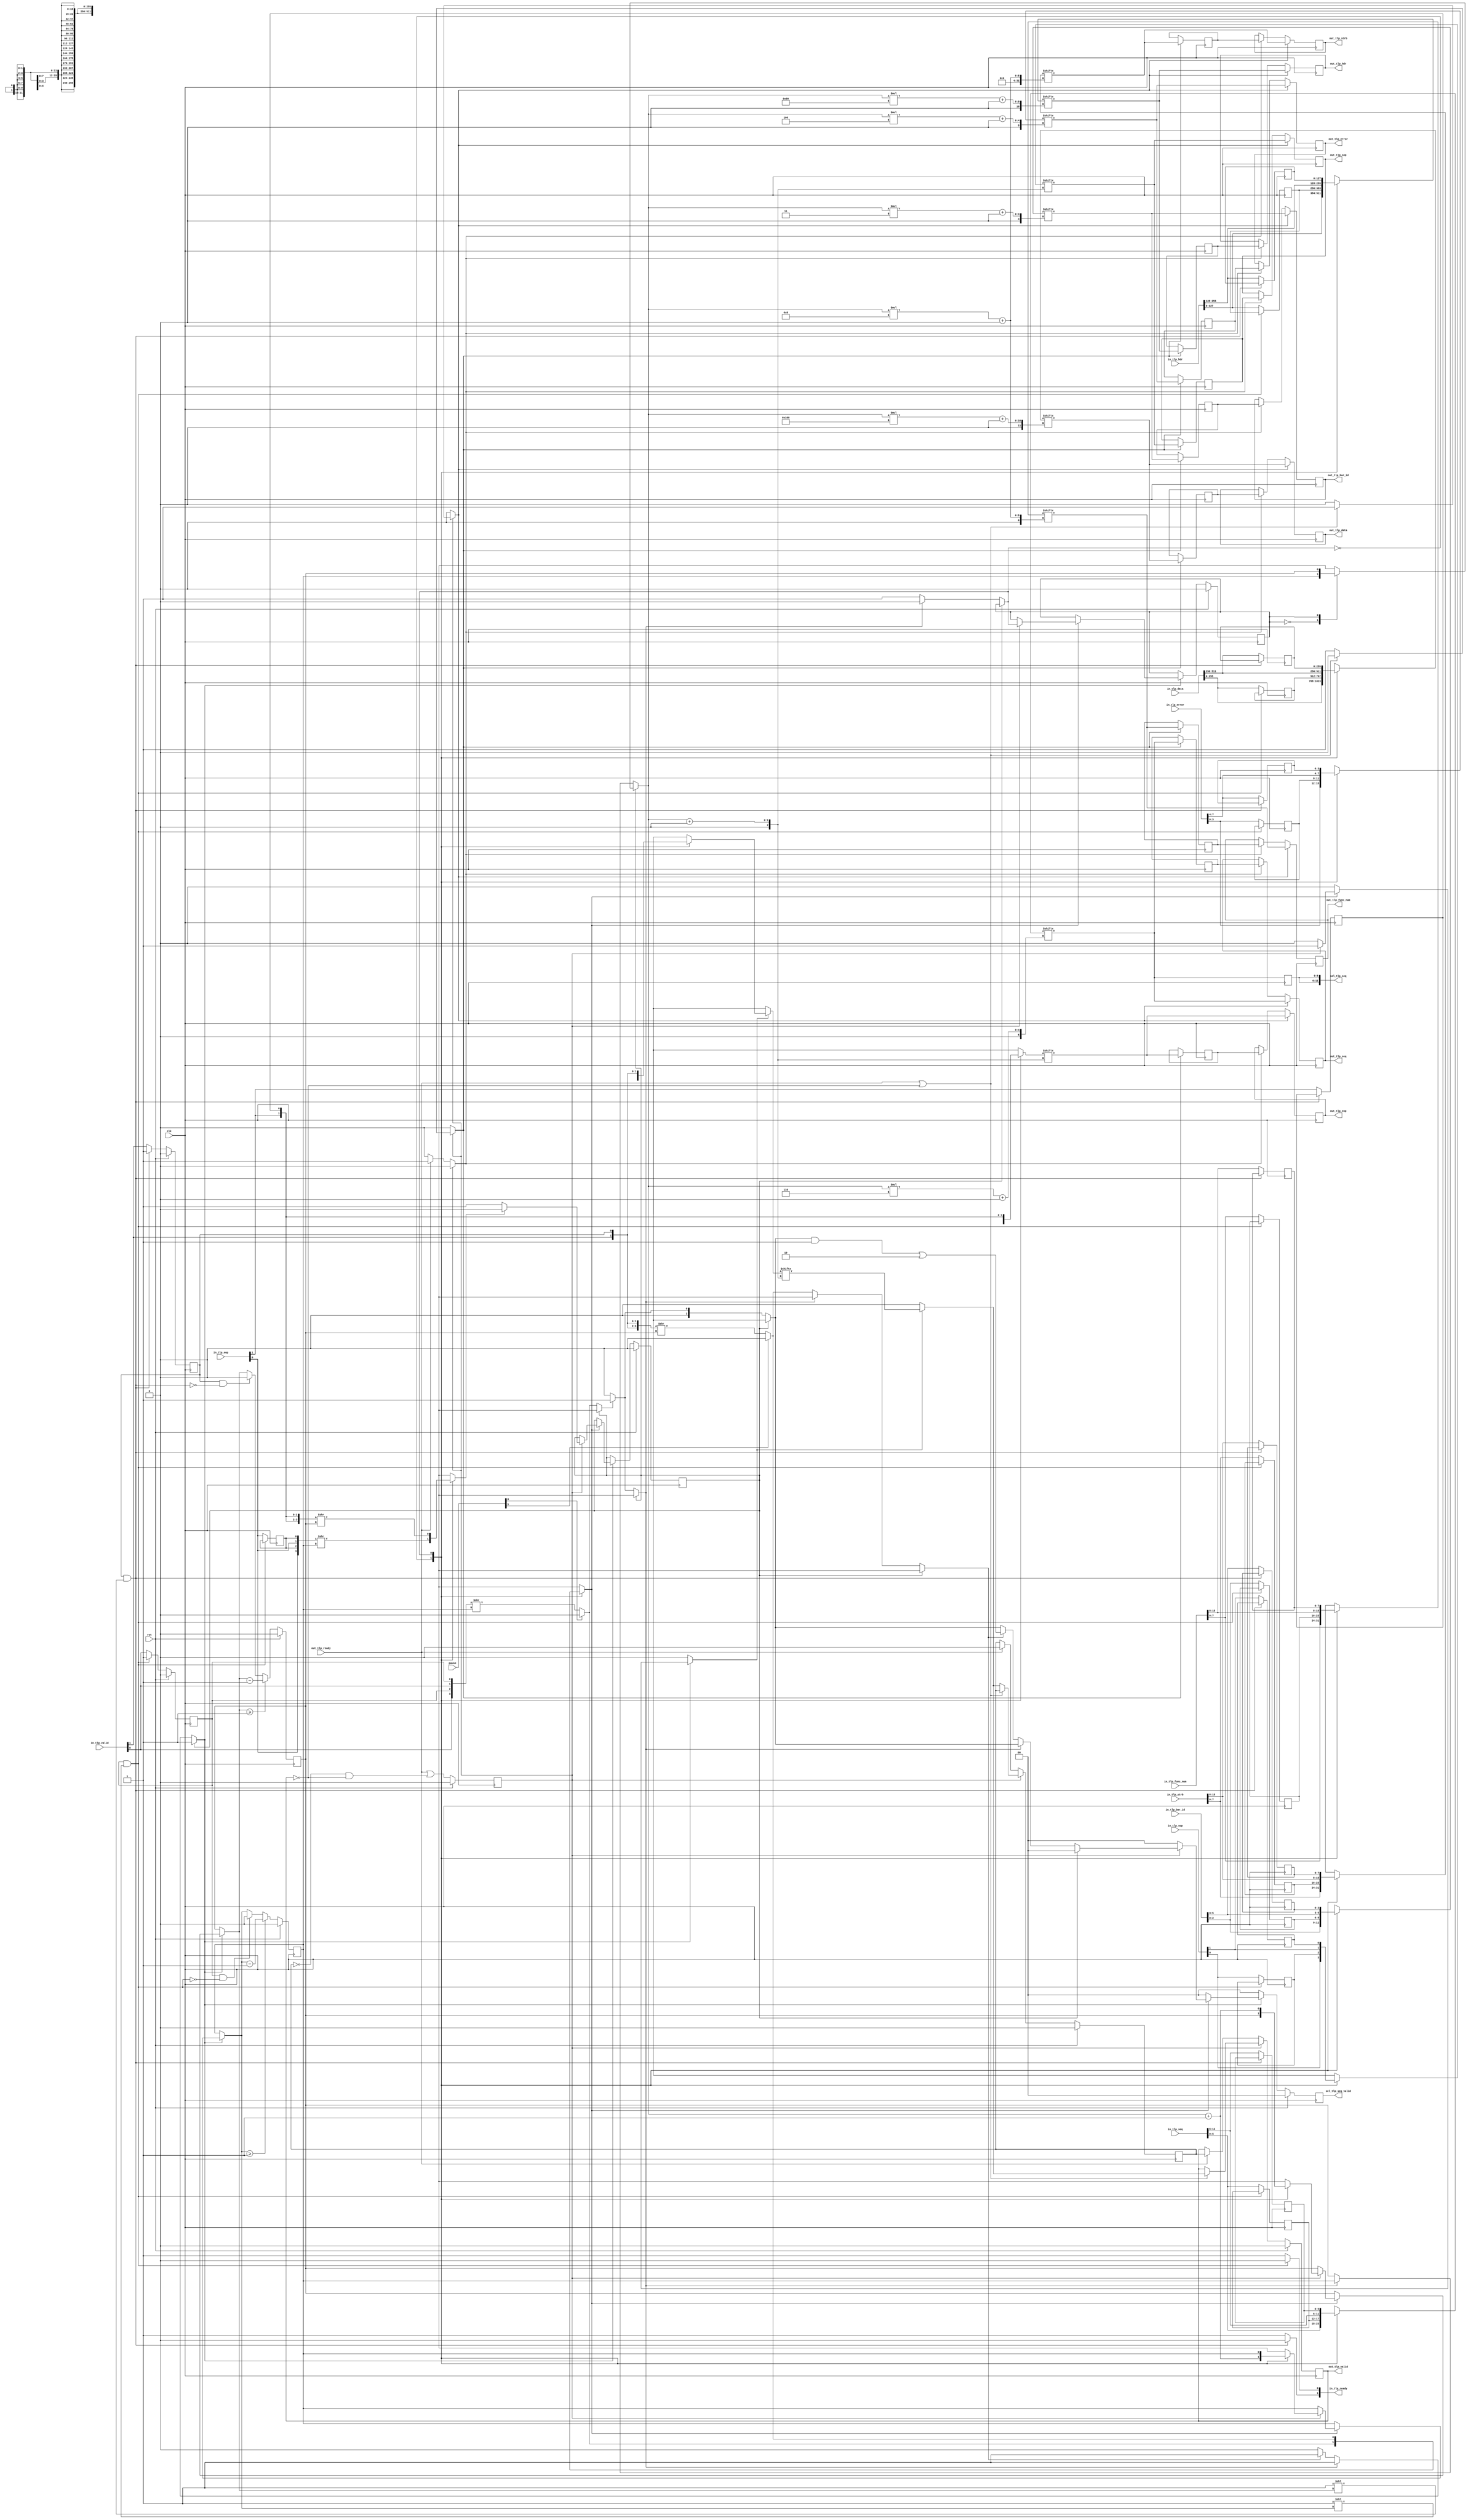
// This program was cloned from: https://github.com/ucsdsysnet/Rosebud
// License: MIT License

/*

Copyright (c) 2021 Alex Forencich

Permission is hereby granted, free of charge, to any person obtaining a copy
of this software and associated documentation files (the "Software"), to deal
in the Software without restriction, including without limitation the rights
to use, copy, modify, merge, publish, distribute, sublicense, and/or sell
copies of the Software, and to permit persons to whom the Software is
furnished to do so, subject to the following conditions:

The above copyright notice and this permission notice shall be included in
all copies or substantial portions of the Software.

THE SOFTWARE IS PROVIDED "AS IS", WITHOUT WARRANTY OF ANY KIND, EXPRESS OR
IMPLIED, INCLUDING BUT NOT LIMITED TO THE WARRANTIES OF MERCHANTABILITY
FITNESS FOR A PARTICULAR PURPOSE AND NONINFRINGEMENT. IN NO EVENT SHALL THE
AUTHORS OR COPYRIGHT HOLDERS BE LIABLE FOR ANY CLAIM, DAMAGES OR OTHER
LIABILITY, WHETHER IN AN ACTION OF CONTRACT, TORT OR OTHERWISE, ARISING FROM,
OUT OF OR IN CONNECTION WITH THE SOFTWARE OR THE USE OR OTHER DEALINGS IN
THE SOFTWARE.

*/

// Language: Verilog 2001

`resetall
`timescale 1ns / 1ps
`default_nettype none

/*
 * PCIe TLP multiplexer
 */
module pcie_tlp_mux #
(
    // Input count
    parameter PORTS = 2,
    // TLP data width
    parameter TLP_DATA_WIDTH = 256,
    // TLP strobe width
    parameter TLP_STRB_WIDTH = TLP_DATA_WIDTH/32,
    // TLP header width
    parameter TLP_HDR_WIDTH = 128,
    // Sequence number width
    parameter SEQ_NUM_WIDTH = 6,
    // TLP segment count
    parameter TLP_SEG_COUNT = 1,
    // select round robin arbitration
    parameter ARB_TYPE_ROUND_ROBIN = 0,
    // LSB priority selection
    parameter ARB_LSB_HIGH_PRIORITY = 1
)
(
    input  wire                                          clk,
    input  wire                                          rst,

    /*
     * TLP input
     */
    input  wire [PORTS*TLP_DATA_WIDTH-1:0]               in_tlp_data,
    input  wire [PORTS*TLP_STRB_WIDTH-1:0]               in_tlp_strb,
    input  wire [PORTS*TLP_SEG_COUNT*TLP_HDR_WIDTH-1:0]  in_tlp_hdr,
    input  wire [PORTS*TLP_SEG_COUNT*SEQ_NUM_WIDTH-1:0]  in_tlp_seq,
    input  wire [PORTS*TLP_SEG_COUNT*3-1:0]              in_tlp_bar_id,
    input  wire [PORTS*TLP_SEG_COUNT*8-1:0]              in_tlp_func_num,
    input  wire [PORTS*TLP_SEG_COUNT*4-1:0]              in_tlp_error,
    input  wire [PORTS*TLP_SEG_COUNT-1:0]                in_tlp_valid,
    input  wire [PORTS*TLP_SEG_COUNT-1:0]                in_tlp_sop,
    input  wire [PORTS*TLP_SEG_COUNT-1:0]                in_tlp_eop,
    output wire [PORTS-1:0]                              in_tlp_ready,

    /*
     * TLP output
     */
    output wire [TLP_DATA_WIDTH-1:0]                     out_tlp_data,
    output wire [TLP_STRB_WIDTH-1:0]                     out_tlp_strb,
    output wire [TLP_SEG_COUNT*TLP_HDR_WIDTH-1:0]        out_tlp_hdr,
    output wire [TLP_SEG_COUNT*SEQ_NUM_WIDTH-1:0]        out_tlp_seq,
    output wire [TLP_SEG_COUNT*3-1:0]                    out_tlp_bar_id,
    output wire [TLP_SEG_COUNT*8-1:0]                    out_tlp_func_num,
    output wire [TLP_SEG_COUNT*4-1:0]                    out_tlp_error,
    output wire [TLP_SEG_COUNT-1:0]                      out_tlp_valid,
    output wire [TLP_SEG_COUNT-1:0]                      out_tlp_sop,
    output wire [TLP_SEG_COUNT-1:0]                      out_tlp_eop,
    input  wire                                          out_tlp_ready,

    /*
     * Control
     */
    input  wire [PORTS-1:0]                              pause,

    /*
     * Status
     */
    output wire [PORTS*TLP_SEG_COUNT*SEQ_NUM_WIDTH-1:0]  sel_tlp_seq,
    output wire [PORTS*TLP_SEG_COUNT-1:0]                sel_tlp_seq_valid
);

parameter CL_PORTS = $clog2(PORTS);

parameter TLP_SEG_DATA_WIDTH = TLP_DATA_WIDTH / TLP_SEG_COUNT;
parameter TLP_SEG_STRB_WIDTH = TLP_STRB_WIDTH / TLP_SEG_COUNT;

parameter SEG_SEL_WIDTH = $clog2(TLP_SEG_COUNT);

// check configuration
initial begin
    if (TLP_HDR_WIDTH != 128) begin
        $error("Error: TLP segment header width must be 128 (instance %m)");
        $finish;
    end

    if (TLP_STRB_WIDTH*32 != TLP_DATA_WIDTH) begin
        $error("Error: PCIe interface requires dword (32-bit) granularity (instance %m)");
        $finish;
    end
end

reg [PORTS-1:0] in_tlp_ready_cmb;

reg frame_reg = 1'b0, frame_next, frame_cyc;
reg [CL_PORTS-1:0] port_reg = 0, port_next, port_cyc;
reg [SEG_SEL_WIDTH+1-1:0] seg_offset_cyc;
reg valid, eop;
reg frame, abort;

reg [TLP_SEG_COUNT*2-1:0] port_seg_valid[0:PORTS-1];
reg [TLP_SEG_COUNT*2-1:0] port_seg_eop[0:PORTS-1];

reg [TLP_SEG_COUNT-1:0] out_sel, out_sel_cyc;
reg [CL_PORTS-1:0] out_sel_port[0:TLP_SEG_COUNT-1];
reg [SEG_SEL_WIDTH+1-1:0] out_sel_seg[0:TLP_SEG_COUNT-1];

reg [SEG_SEL_WIDTH+1-1:0] port_seg_offset_reg[0:PORTS-1], port_seg_offset_next[0:PORTS-1];

reg [TLP_SEG_COUNT*SEQ_NUM_WIDTH-1:0] sel_tlp_seq_reg = 0, sel_tlp_seq_next;
reg [PORTS*TLP_SEG_COUNT-1:0] sel_tlp_seq_valid_reg = 0, sel_tlp_seq_valid_next, sel_tlp_seq_valid_cyc;

reg [TLP_DATA_WIDTH-1:0] in_tlp_data_reg[0:PORTS-1], in_tlp_data_next[0:PORTS-1];
reg [TLP_STRB_WIDTH-1:0] in_tlp_strb_reg[0:PORTS-1], in_tlp_strb_next[0:PORTS-1];
reg [TLP_SEG_COUNT*TLP_HDR_WIDTH-1:0] in_tlp_hdr_reg[0:PORTS-1], in_tlp_hdr_next[0:PORTS-1];
reg [TLP_SEG_COUNT*SEQ_NUM_WIDTH-1:0] in_tlp_seq_reg[0:PORTS-1], in_tlp_seq_next[0:PORTS-1];
reg [TLP_SEG_COUNT*3-1:0] in_tlp_bar_id_reg[0:PORTS-1], in_tlp_bar_id_next[0:PORTS-1];
reg [TLP_SEG_COUNT*8-1:0] in_tlp_func_num_reg[0:PORTS-1], in_tlp_func_num_next[0:PORTS-1];
reg [TLP_SEG_COUNT*4-1:0] in_tlp_error_reg[0:PORTS-1], in_tlp_error_next[0:PORTS-1];
reg [TLP_SEG_COUNT-1:0] in_tlp_valid_reg[0:PORTS-1], in_tlp_valid_next[0:PORTS-1];
reg [TLP_SEG_COUNT-1:0] in_tlp_sop_reg[0:PORTS-1], in_tlp_sop_next[0:PORTS-1];
reg [TLP_SEG_COUNT-1:0] in_tlp_eop_reg[0:PORTS-1], in_tlp_eop_next[0:PORTS-1];

reg [TLP_DATA_WIDTH*2-1:0] in_tlp_data_full[0:PORTS-1];
reg [TLP_STRB_WIDTH*2-1:0] in_tlp_strb_full[0:PORTS-1];
reg [TLP_SEG_COUNT*2*TLP_HDR_WIDTH-1:0] in_tlp_hdr_full[0:PORTS-1];
reg [TLP_SEG_COUNT*2*SEQ_NUM_WIDTH-1:0] in_tlp_seq_full[0:PORTS-1];
reg [TLP_SEG_COUNT*2*3-1:0] in_tlp_bar_id_full[0:PORTS-1];
reg [TLP_SEG_COUNT*2*8-1:0] in_tlp_func_num_full[0:PORTS-1];
reg [TLP_SEG_COUNT*2*4-1:0] in_tlp_error_full[0:PORTS-1];
reg [TLP_SEG_COUNT*2-1:0] in_tlp_valid_full[0:PORTS-1];
reg [TLP_SEG_COUNT*2-1:0] in_tlp_sop_full[0:PORTS-1];
reg [TLP_SEG_COUNT*2-1:0] in_tlp_eop_full[0:PORTS-1];

// internal datapath
reg  [TLP_DATA_WIDTH-1:0]               out_tlp_data_int;
reg  [TLP_STRB_WIDTH-1:0]               out_tlp_strb_int;
reg  [TLP_SEG_COUNT*TLP_HDR_WIDTH-1:0]  out_tlp_hdr_int;
reg  [TLP_SEG_COUNT*SEQ_NUM_WIDTH-1:0]  out_tlp_seq_int;
reg  [TLP_SEG_COUNT*3-1:0]              out_tlp_bar_id_int;
reg  [TLP_SEG_COUNT*8-1:0]              out_tlp_func_num_int;
reg  [TLP_SEG_COUNT*4-1:0]              out_tlp_error_int;
reg  [TLP_SEG_COUNT-1:0]                out_tlp_valid_int;
reg  [TLP_SEG_COUNT-1:0]                out_tlp_sop_int;
reg  [TLP_SEG_COUNT-1:0]                out_tlp_eop_int;
reg                                     out_tlp_ready_int_reg = 1'b0;
wire                                    out_tlp_ready_int_early;

assign in_tlp_ready = in_tlp_ready_cmb;

assign sel_tlp_seq = {PORTS{sel_tlp_seq_reg}};
assign sel_tlp_seq_valid = sel_tlp_seq_valid_reg;

integer port, cur_port, seg, cur_seg;

always @* begin
    frame_next = frame_reg;
    port_next = port_reg;

    for (port = 0; port < PORTS; port = port + 1) begin
        port_seg_offset_next[port] = port_seg_offset_reg[port];

        in_tlp_data_next[port] = in_tlp_data_reg[port];
        in_tlp_strb_next[port] = in_tlp_strb_reg[port];
        in_tlp_hdr_next[port] = in_tlp_hdr_reg[port];
        in_tlp_seq_next[port] = in_tlp_seq_reg[port];
        in_tlp_bar_id_next[port] = in_tlp_bar_id_reg[port];
        in_tlp_func_num_next[port] = in_tlp_func_num_reg[port];
        in_tlp_error_next[port] = in_tlp_error_reg[port];
        in_tlp_valid_next[port] = in_tlp_valid_reg[port];
        in_tlp_sop_next[port] = in_tlp_sop_reg[port];
        in_tlp_eop_next[port] = in_tlp_eop_reg[port];

        in_tlp_data_full[port] = {in_tlp_data[port*TLP_DATA_WIDTH +: TLP_DATA_WIDTH], in_tlp_data_reg[port]};
        in_tlp_strb_full[port] = {in_tlp_strb[port*TLP_STRB_WIDTH +: TLP_STRB_WIDTH], in_tlp_strb_reg[port]};
        in_tlp_hdr_full[port] = {in_tlp_hdr[port*TLP_SEG_COUNT*TLP_HDR_WIDTH +: TLP_SEG_COUNT*TLP_HDR_WIDTH], in_tlp_hdr_reg[port]};
        in_tlp_seq_full[port] = {in_tlp_seq[port*TLP_SEG_COUNT*SEQ_NUM_WIDTH +: TLP_SEG_COUNT*SEQ_NUM_WIDTH], in_tlp_seq_reg[port]};
        in_tlp_bar_id_full[port] = {in_tlp_bar_id[port*TLP_SEG_COUNT*3 +: TLP_SEG_COUNT*3], in_tlp_bar_id_reg[port]};
        in_tlp_func_num_full[port] = {in_tlp_func_num[port*TLP_SEG_COUNT*8 +: TLP_SEG_COUNT*8], in_tlp_func_num_reg[port]};
        in_tlp_error_full[port] = {in_tlp_error[port*TLP_SEG_COUNT*4 +: TLP_SEG_COUNT*4], in_tlp_error_reg[port]};
        in_tlp_valid_full[port] = {in_tlp_valid[port*TLP_SEG_COUNT +: TLP_SEG_COUNT], in_tlp_valid_reg[port]};
        in_tlp_sop_full[port] = {in_tlp_sop[port*TLP_SEG_COUNT +: TLP_SEG_COUNT], in_tlp_sop_reg[port]};
        in_tlp_eop_full[port] = {in_tlp_eop[port*TLP_SEG_COUNT +: TLP_SEG_COUNT], in_tlp_eop_reg[port]};
    end

    out_tlp_data_int = 0;
    out_tlp_strb_int = 0;
    out_tlp_hdr_int = 0;
    out_tlp_seq_int = 0;
    out_tlp_bar_id_int = 0;
    out_tlp_func_num_int = 0;
    out_tlp_error_int = 0;
    out_tlp_valid_int = 0;
    out_tlp_sop_int = 0;
    out_tlp_eop_int = 0;

    frame_cyc = frame_reg;
    port_cyc = port_reg;
    seg_offset_cyc = port_seg_offset_reg[port_reg];
    valid = 0;
    eop = 0;
    frame = frame_cyc;
    abort = 0;

    out_sel = 0;
    out_sel_cyc = 0;
    for (seg = 0; seg < TLP_SEG_COUNT; seg = seg + 1) begin
        out_sel_port[seg] = 0;
        out_sel_seg[seg] = 0;
    end

    sel_tlp_seq_next = 0;
    sel_tlp_seq_valid_next = 0;
    sel_tlp_seq_valid_cyc = 0;

    // compute mux settings
    for (port = 0; port < PORTS; port = port + 1) begin
        port_seg_valid[port] = pause[port] ? 0 : {2{in_tlp_valid_full[port]}} >> port_seg_offset_reg[port];
        port_seg_eop[port] = {2{in_tlp_eop_full[port]}} >> port_seg_offset_reg[port];
    end

    for (seg = 0; seg < TLP_SEG_COUNT; seg = seg + 1) begin
        // select port
        if (!frame_cyc) begin
            if (ARB_TYPE_ROUND_ROBIN) begin
                // round robin arb - start checking after previously-selected port
                if (ARB_LSB_HIGH_PRIORITY) begin
                    if (port_cyc < PORTS-1) begin
                        cur_port = port_cyc + 1;
                    end else begin
                        cur_port = 0;
                    end
                end else begin
                    if (port_cyc > 0) begin
                        cur_port = port_cyc - 1;
                    end else begin
                        cur_port = PORTS-1;
                    end
                end
            end else begin
                // priority arb - start from high priority end
                if (ARB_LSB_HIGH_PRIORITY) begin
                    cur_port = 0;
                end else begin
                    cur_port = PORTS-1;
                end
            end
            for (port = 0; port < PORTS; port = port + 1) begin
                if (!frame_cyc) begin
                    // select port
                    port_cyc = cur_port;
                    seg_offset_cyc = port_seg_offset_next[cur_port];
                    if (port_seg_valid[cur_port][0]) begin
                        // set frame
                        frame_cyc = 1;
                        sel_tlp_seq_valid_cyc[TLP_SEG_COUNT*cur_port+seg] = 1'b1;
                    end
                end
                // next port
                if (ARB_LSB_HIGH_PRIORITY) begin
                    if (cur_port < PORTS-1) begin
                        cur_port = cur_port + 1;
                    end else begin
                        cur_port = 0;
                    end
                end else begin
                    if (cur_port > 0) begin
                        cur_port = cur_port - 1;
                    end else begin
                        cur_port = PORTS-1;
                    end
                end
            end
        end

        // route segment
        valid = port_seg_valid[port_cyc][0];
        eop = port_seg_eop[port_cyc][0];
        frame = frame_cyc;

        out_sel_cyc[seg] = 1'b1;
        out_sel_port[seg] = port_cyc;
        out_sel_seg[seg] = seg_offset_cyc;
        if (eop) begin
            // end of packet, clear frame
            frame_cyc = 0;
        end
        seg_offset_cyc = seg_offset_cyc + 1;
        port_seg_valid[port_cyc] = port_seg_valid[port_cyc] >> 1;
        port_seg_eop[port_cyc] = port_seg_eop[port_cyc] >> 1;

        if (frame && !abort) begin
            if (valid) begin
                if (eop || seg == TLP_SEG_COUNT-1) begin
                    // end of packet or end of cycle, commit
                    if (out_tlp_ready_int_reg) begin
                        frame_next = frame_cyc;
                        port_next = port_cyc;
                        port_seg_offset_next[port_cyc] = seg_offset_cyc;
                        out_sel = out_sel_cyc;
                        sel_tlp_seq_valid_next = sel_tlp_seq_valid_cyc;
                    end
                end
            end else begin
                // input has stalled, wait
                abort = 1;
            end
        end
    end

    // mux for output segments
    for (seg = 0; seg < TLP_SEG_COUNT; seg = seg + 1) begin
        out_tlp_data_int[seg*TLP_SEG_DATA_WIDTH +: TLP_SEG_DATA_WIDTH] = in_tlp_data_full[out_sel_port[seg]][out_sel_seg[seg]*TLP_SEG_DATA_WIDTH +: TLP_SEG_DATA_WIDTH];
        out_tlp_strb_int[seg*TLP_SEG_STRB_WIDTH +: TLP_SEG_STRB_WIDTH] = in_tlp_strb_full[out_sel_port[seg]][out_sel_seg[seg]*TLP_SEG_STRB_WIDTH +: TLP_SEG_STRB_WIDTH];
        out_tlp_hdr_int[seg*TLP_HDR_WIDTH +: TLP_HDR_WIDTH] = in_tlp_hdr_full[out_sel_port[seg]][out_sel_seg[seg]*TLP_HDR_WIDTH +: TLP_HDR_WIDTH];
        out_tlp_seq_int[seg*SEQ_NUM_WIDTH +: SEQ_NUM_WIDTH] = in_tlp_seq_full[out_sel_port[seg]][out_sel_seg[seg]*SEQ_NUM_WIDTH +: SEQ_NUM_WIDTH];
        out_tlp_bar_id_int[seg*3 +: 3] = in_tlp_bar_id_full[out_sel_port[seg]][out_sel_seg[seg]*3 +: 3];
        out_tlp_func_num_int[seg*8 +: 8] = in_tlp_func_num_full[out_sel_port[seg]][out_sel_seg[seg]*8 +: 8];
        out_tlp_error_int[seg*4 +: 4] = in_tlp_error_full[out_sel_port[seg]][out_sel_seg[seg]*4 +: 4];
        if (out_sel[seg]) begin
            out_tlp_valid_int[seg +: 1] = in_tlp_valid_full[out_sel_port[seg]][out_sel_seg[seg] +: 1];
        end
        out_tlp_sop_int[seg +: 1] = in_tlp_sop_full[out_sel_port[seg]][out_sel_seg[seg] +: 1];
        out_tlp_eop_int[seg +: 1] = in_tlp_eop_full[out_sel_port[seg]][out_sel_seg[seg] +: 1];

        sel_tlp_seq_next[seg*SEQ_NUM_WIDTH +: SEQ_NUM_WIDTH] = in_tlp_seq_full[out_sel_port[seg]][out_sel_seg[seg]*SEQ_NUM_WIDTH +: SEQ_NUM_WIDTH];
    end

    in_tlp_ready_cmb = 0;
    for (port = 0; port < PORTS; port = port + 1) begin
        in_tlp_valid_next[port] = in_tlp_valid_reg[port] & ({TLP_SEG_COUNT{1'b1}} << port_seg_offset_next[port]);

        if (port_seg_offset_next[port] >= TLP_SEG_COUNT) begin
            port_seg_offset_next[port] = port_seg_offset_next[port] - TLP_SEG_COUNT;
        end else if (in_tlp_valid_reg[port] && (in_tlp_valid_next[port] == 0)) begin
            port_seg_offset_next[port] = 0;
        end

        if (!in_tlp_valid_next[port]) begin
            in_tlp_ready_cmb[port] = 1;
            in_tlp_data_next[port] = in_tlp_data[port*TLP_DATA_WIDTH +: TLP_DATA_WIDTH];
            in_tlp_strb_next[port] = in_tlp_strb[port*TLP_STRB_WIDTH +: TLP_STRB_WIDTH];
            in_tlp_hdr_next[port] = in_tlp_hdr[port*TLP_SEG_COUNT*TLP_HDR_WIDTH +: TLP_SEG_COUNT*TLP_HDR_WIDTH];
            in_tlp_seq_next[port] = in_tlp_seq[port*TLP_SEG_COUNT*SEQ_NUM_WIDTH +: TLP_SEG_COUNT*SEQ_NUM_WIDTH];
            in_tlp_bar_id_next[port] = in_tlp_bar_id[port*TLP_SEG_COUNT*3 +: TLP_SEG_COUNT*3];
            in_tlp_func_num_next[port] = in_tlp_func_num[port*TLP_SEG_COUNT*8 +: TLP_SEG_COUNT*8];
            in_tlp_error_next[port] = in_tlp_error[port*TLP_SEG_COUNT*4 +: TLP_SEG_COUNT*4];
            in_tlp_valid_next[port] = in_tlp_valid[port*TLP_SEG_COUNT +: TLP_SEG_COUNT];
            in_tlp_sop_next[port] = in_tlp_sop[port*TLP_SEG_COUNT +: TLP_SEG_COUNT];
            in_tlp_eop_next[port] = in_tlp_eop[port*TLP_SEG_COUNT +: TLP_SEG_COUNT];
        end
    end
end

integer i;

always @(posedge clk) begin
    frame_reg <= frame_next;
    port_reg <= port_next;

    sel_tlp_seq_reg <= sel_tlp_seq_next;
    sel_tlp_seq_valid_reg <= sel_tlp_seq_valid_next;

    for (i = 0; i < PORTS; i = i + 1) begin
        port_seg_offset_reg[i] <= port_seg_offset_next[i];

        in_tlp_data_reg[i] <= in_tlp_data_next[i];
        in_tlp_strb_reg[i] <= in_tlp_strb_next[i];
        in_tlp_hdr_reg[i] <= in_tlp_hdr_next[i];
        in_tlp_seq_reg[i] <= in_tlp_seq_next[i];
        in_tlp_bar_id_reg[i] <= in_tlp_bar_id_next[i];
        in_tlp_func_num_reg[i] <= in_tlp_func_num_next[i];
        in_tlp_error_reg[i] <= in_tlp_error_next[i];
        in_tlp_valid_reg[i] <= in_tlp_valid_next[i];
        in_tlp_sop_reg[i] <= in_tlp_sop_next[i];
        in_tlp_eop_reg[i] <= in_tlp_eop_next[i];
    end

    if (rst) begin
        frame_reg <= 1'b0;
        port_reg <= 0;

        sel_tlp_seq_valid_reg <= 0;

        for (i = 0; i < PORTS; i = i + 1) begin
            port_seg_offset_reg[i] <= 0;
            in_tlp_valid_reg[i] <= 0;
        end
    end
end

// output datapath logic
reg [TLP_DATA_WIDTH-1:0]               out_tlp_data_reg = 0;
reg [TLP_STRB_WIDTH-1:0]               out_tlp_strb_reg = 0;
reg [TLP_SEG_COUNT*TLP_HDR_WIDTH-1:0]  out_tlp_hdr_reg = 0;
reg [TLP_SEG_COUNT*SEQ_NUM_WIDTH-1:0]  out_tlp_seq_reg = 0;
reg [TLP_SEG_COUNT*3-1:0]              out_tlp_bar_id_reg = 0;
reg [TLP_SEG_COUNT*8-1:0]              out_tlp_func_num_reg = 0;
reg [TLP_SEG_COUNT*4-1:0]              out_tlp_error_reg = 0;
reg [TLP_SEG_COUNT-1:0]                out_tlp_valid_reg = 0, out_tlp_valid_next;
reg [TLP_SEG_COUNT-1:0]                out_tlp_sop_reg = 0;
reg [TLP_SEG_COUNT-1:0]                out_tlp_eop_reg = 0;

reg [TLP_DATA_WIDTH-1:0]               temp_out_tlp_data_reg = 0;
reg [TLP_STRB_WIDTH-1:0]               temp_out_tlp_strb_reg = 0;
reg [TLP_SEG_COUNT*TLP_HDR_WIDTH-1:0]  temp_out_tlp_hdr_reg = 0;
reg [TLP_SEG_COUNT*SEQ_NUM_WIDTH-1:0]  temp_out_tlp_seq_reg = 0;
reg [TLP_SEG_COUNT*3-1:0]              temp_out_tlp_bar_id_reg = 0;
reg [TLP_SEG_COUNT*8-1:0]              temp_out_tlp_func_num_reg = 0;
reg [TLP_SEG_COUNT*4-1:0]              temp_out_tlp_error_reg = 0;
reg [TLP_SEG_COUNT-1:0]                temp_out_tlp_valid_reg = 0, temp_out_tlp_valid_next;
reg [TLP_SEG_COUNT-1:0]                temp_out_tlp_sop_reg = 0;
reg [TLP_SEG_COUNT-1:0]                temp_out_tlp_eop_reg = 0;

// datapath control
reg store_axis_int_to_output;
reg store_axis_int_to_temp;
reg store_axis_temp_to_output;

assign out_tlp_data      = out_tlp_data_reg;
assign out_tlp_strb      = out_tlp_strb_reg;
assign out_tlp_hdr       = out_tlp_hdr_reg;
assign out_tlp_seq       = out_tlp_seq_reg;
assign out_tlp_bar_id    = out_tlp_bar_id_reg;
assign out_tlp_func_num  = out_tlp_func_num_reg;
assign out_tlp_error     = out_tlp_error_reg;
assign out_tlp_valid     = out_tlp_valid_reg;
assign out_tlp_sop       = out_tlp_sop_reg;
assign out_tlp_eop       = out_tlp_eop_reg;

// enable ready input next cycle if output is ready or if both output registers are empty
assign out_tlp_ready_int_early = out_tlp_ready || (!temp_out_tlp_valid_reg && !out_tlp_valid_reg);

always @* begin
    // transfer sink ready state to source
    out_tlp_valid_next = out_tlp_valid_reg;
    temp_out_tlp_valid_next = temp_out_tlp_valid_reg;

    store_axis_int_to_output = 1'b0;
    store_axis_int_to_temp = 1'b0;
    store_axis_temp_to_output = 1'b0;

    if (out_tlp_ready_int_reg) begin
        // input is ready
        if (out_tlp_ready || !out_tlp_valid_reg) begin
            // output is ready or currently not valid, transfer data to output
            out_tlp_valid_next = out_tlp_valid_int;
            store_axis_int_to_output = 1'b1;
        end else begin
            // output is not ready, store input in temp
            temp_out_tlp_valid_next = out_tlp_valid_int;
            store_axis_int_to_temp = 1'b1;
        end
    end else if (out_tlp_ready) begin
        // input is not ready, but output is ready
        out_tlp_valid_next = temp_out_tlp_valid_reg;
        temp_out_tlp_valid_next = 1'b0;
        store_axis_temp_to_output = 1'b1;
    end
end

always @(posedge clk) begin
    out_tlp_valid_reg <= out_tlp_valid_next;
    out_tlp_ready_int_reg <= out_tlp_ready_int_early;
    temp_out_tlp_valid_reg <= temp_out_tlp_valid_next;

    // datapath
    if (store_axis_int_to_output) begin
        out_tlp_data_reg <= out_tlp_data_int;
        out_tlp_strb_reg <= out_tlp_strb_int;
        out_tlp_hdr_reg <= out_tlp_hdr_int;
        out_tlp_seq_reg <= out_tlp_seq_int;
        out_tlp_bar_id_reg <= out_tlp_bar_id_int;
        out_tlp_func_num_reg <= out_tlp_func_num_int;
        out_tlp_error_reg <= out_tlp_error_int;
        out_tlp_sop_reg <= out_tlp_sop_int;
        out_tlp_eop_reg <= out_tlp_eop_int;
    end else if (store_axis_temp_to_output) begin
        out_tlp_data_reg <= temp_out_tlp_data_reg;
        out_tlp_strb_reg <= temp_out_tlp_strb_reg;
        out_tlp_hdr_reg <= temp_out_tlp_hdr_reg;
        out_tlp_seq_reg <= temp_out_tlp_seq_reg;
        out_tlp_bar_id_reg <= temp_out_tlp_bar_id_reg;
        out_tlp_func_num_reg <= temp_out_tlp_func_num_reg;
        out_tlp_error_reg <= temp_out_tlp_error_reg;
        out_tlp_sop_reg <= temp_out_tlp_sop_reg;
        out_tlp_eop_reg <= temp_out_tlp_eop_reg;
    end

    if (store_axis_int_to_temp) begin
        temp_out_tlp_data_reg <= out_tlp_data_int;
        temp_out_tlp_strb_reg <= out_tlp_strb_int;
        temp_out_tlp_hdr_reg <= out_tlp_hdr_int;
        temp_out_tlp_seq_reg <= out_tlp_seq_int;
        temp_out_tlp_bar_id_reg <= out_tlp_bar_id_int;
        temp_out_tlp_func_num_reg <= out_tlp_func_num_int;
        temp_out_tlp_error_reg <= out_tlp_error_int;
        temp_out_tlp_sop_reg <= out_tlp_sop_int;
        temp_out_tlp_eop_reg <= out_tlp_eop_int;
    end

    if (rst) begin
        out_tlp_valid_reg <= 1'b0;
        out_tlp_ready_int_reg <= 1'b0;
        temp_out_tlp_valid_reg <= 1'b0;
    end
end

endmodule

`resetall